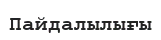
Пайдалылығы